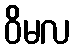
ဝိမလ